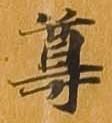
尊